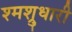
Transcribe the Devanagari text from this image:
श्मश्रुधारी